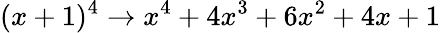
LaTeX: (x+1)^{4}\rightarrow x^{4}+4x^{3}+6x^{2}+4x+1